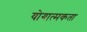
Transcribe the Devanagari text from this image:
योगात्मकता